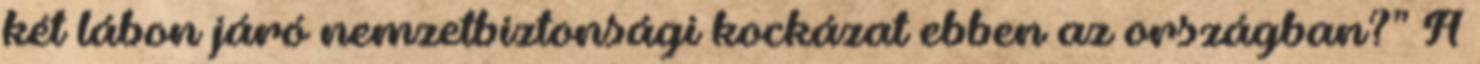
két lábon járó nemzetbiztonsági kockázat ebben az országban?” A